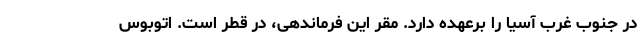
در جنوب غرب آسیا را برعهده دارد. مقر این فرماندهی، در قطر است. اتوبوس